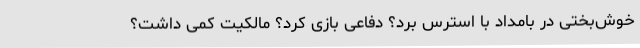
خوش‌بختی در بامداد با استرس بُرد؟ دفاعی بازی کرد؟ مالکیت کمی داشت؟